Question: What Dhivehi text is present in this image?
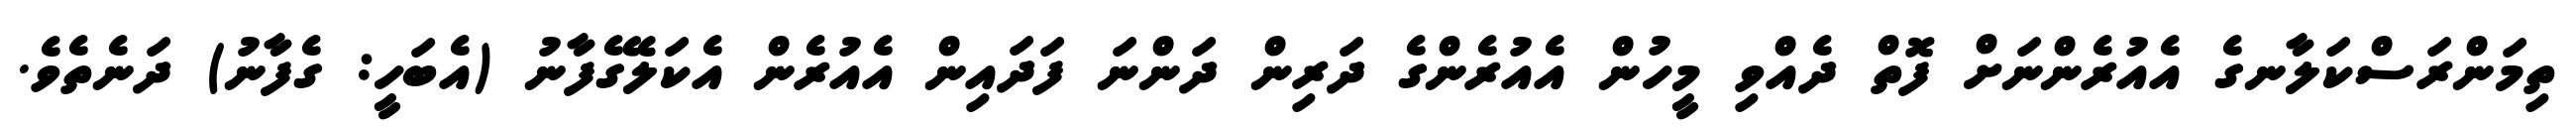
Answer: ތިމަންރަސްކަލާނގެ އެއުރެންނަށް ފޮތް ދެއްވި މީހުން އެއުރެންގެ ދަރިން ދަންނަ ފަދައިން އެއުރެން އެކަލޭގެފާނު (އެބަހީ: ގެފާނު) ދަނެތެވެ.